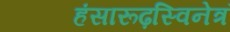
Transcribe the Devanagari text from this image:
हंसारूढ़स्विनेत्रं